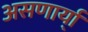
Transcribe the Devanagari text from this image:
असणार्या्